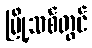
မြို့သစ်တွင်